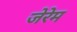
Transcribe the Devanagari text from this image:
जेरेम